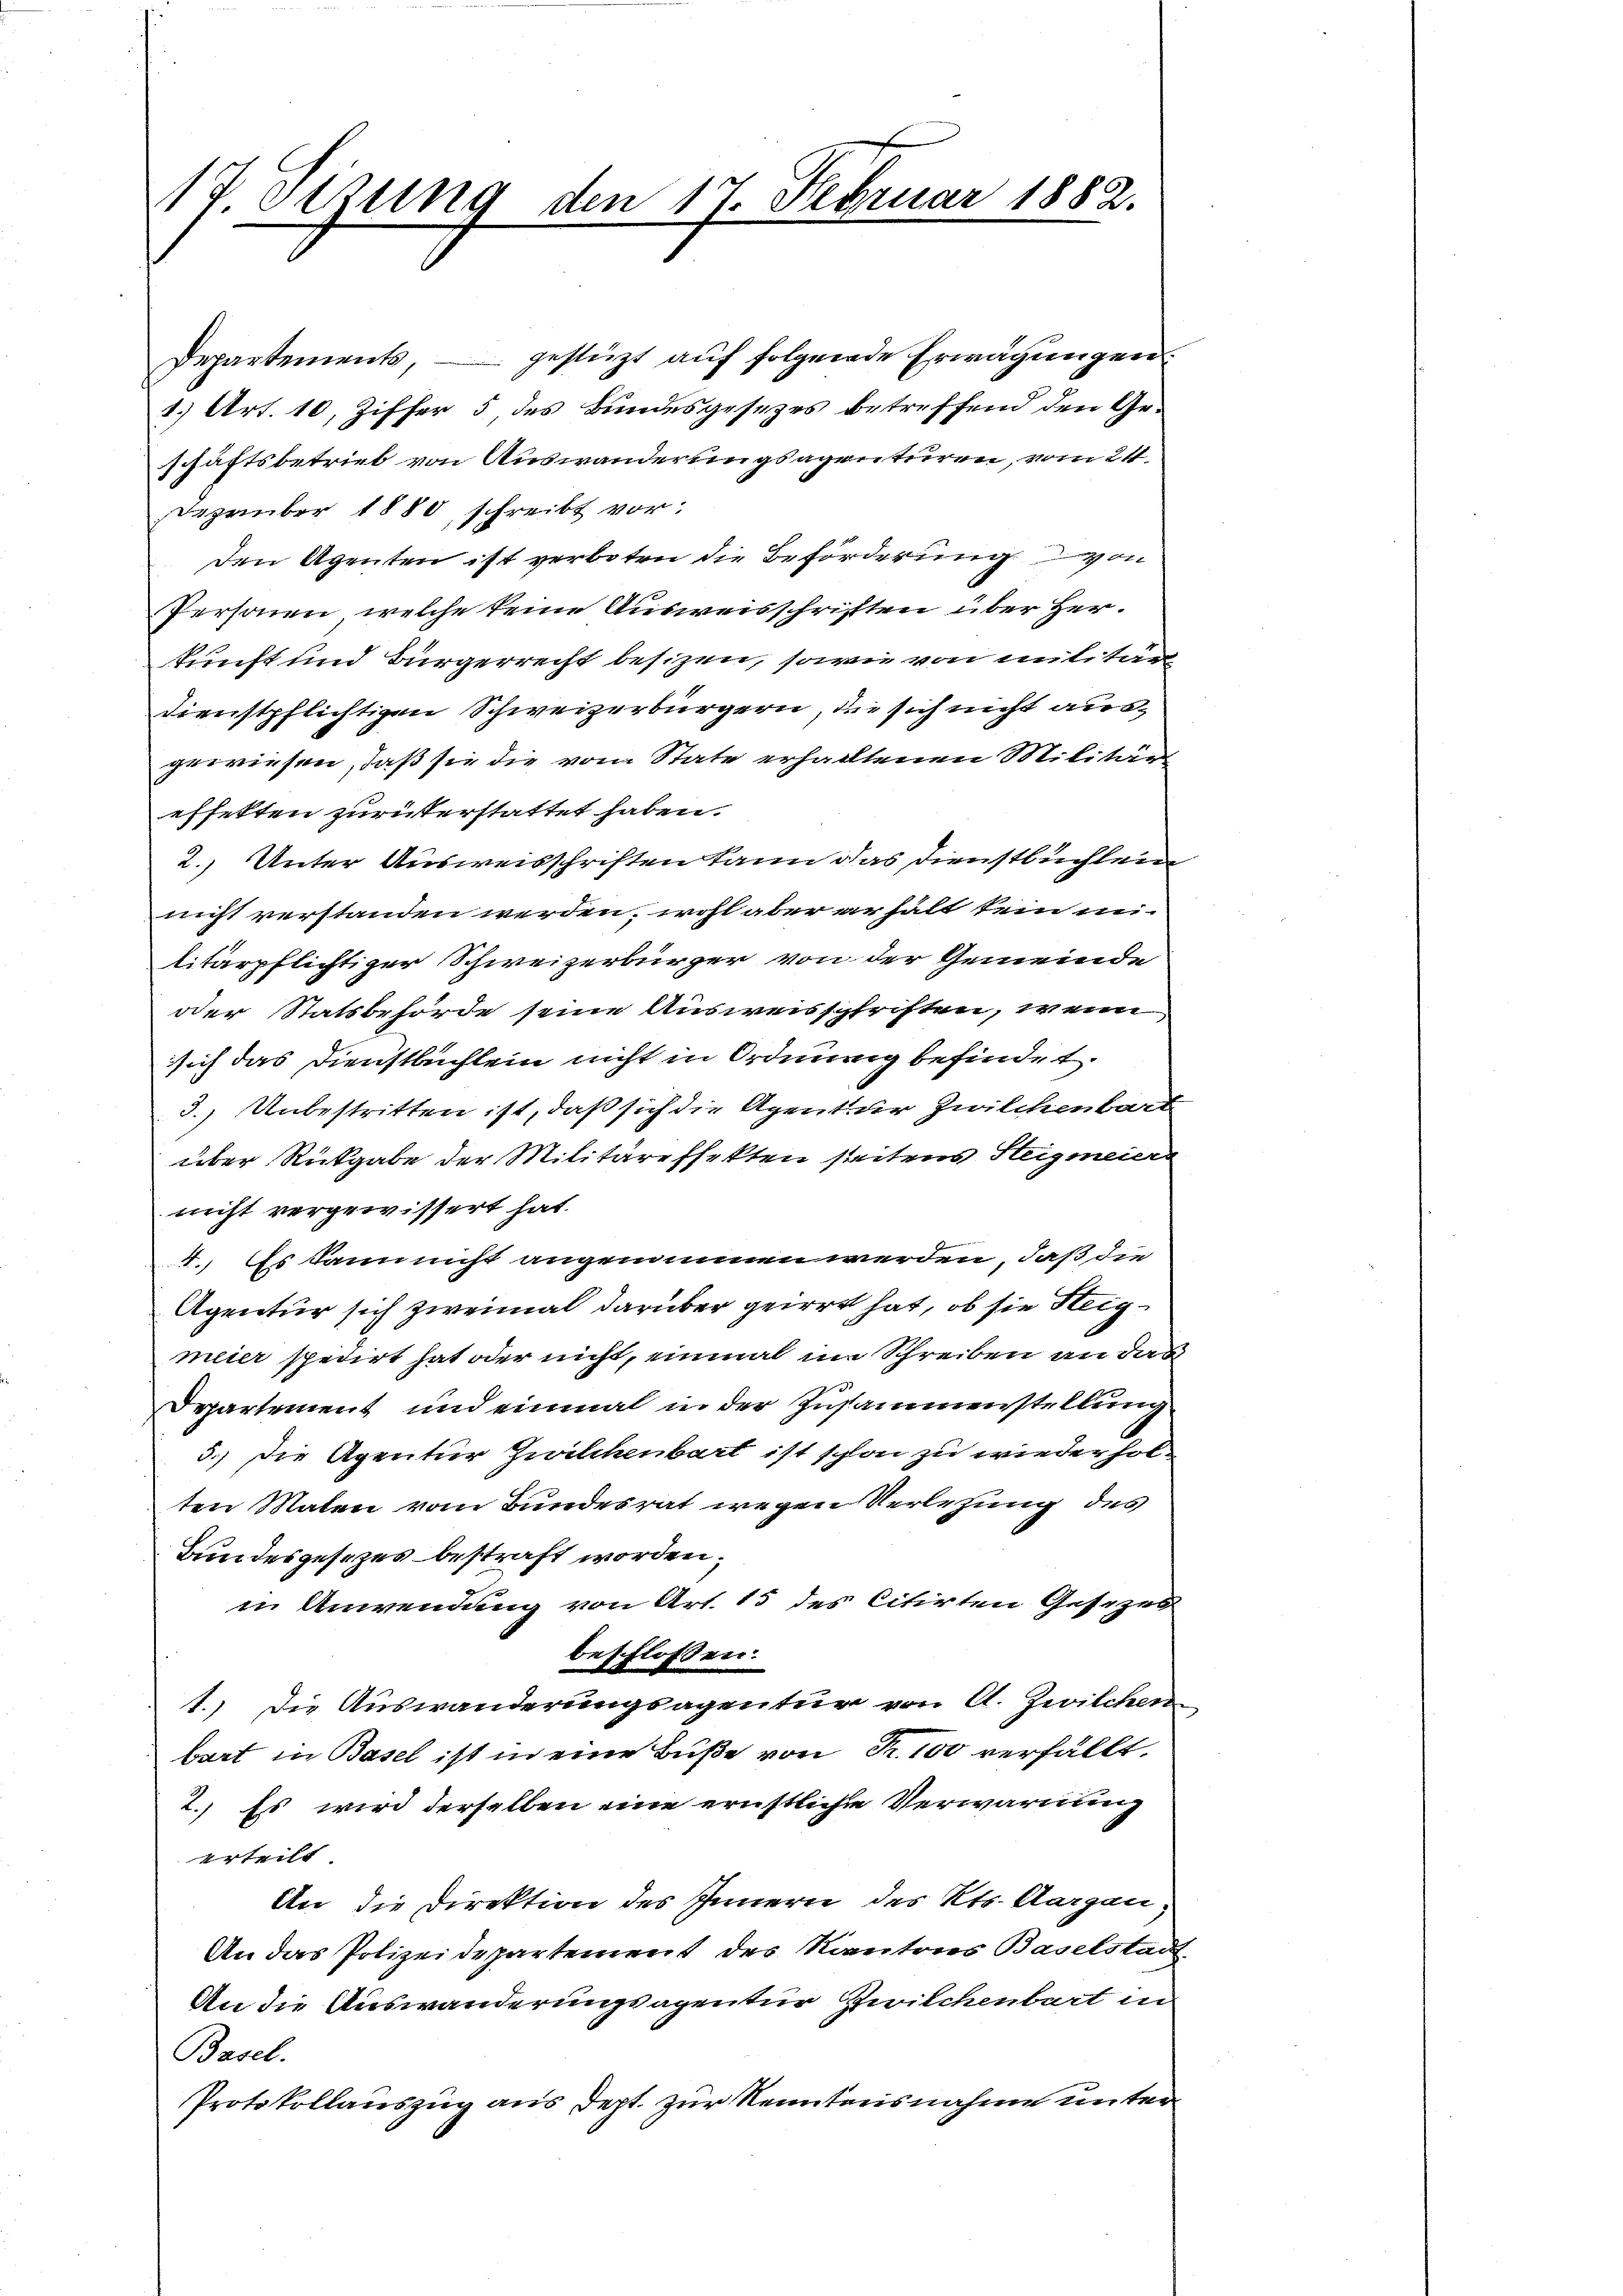
Departements, – gestützt auf folgende Erwägungen
1.) Art. 10, Ziffer 5, des Bundesgesezes betreffend den Geschäftsbetrieb von Auswanderungsagenturen, vom 24.
Dezember 1880, schreibt vor:
den Agenten ist verboten die Beförderung von
Personen, welche keine Ausweisschriften über Herkunft und Bürgerrecht besizen, sowie von militär
dienstpflichtigen Schweizerbürgern, die sich nicht ausgewiesen, daß sie die vom State erhalltenen Militäreffekten zurükerstattet haben.
2. Unter Ausweisschriften kann das Dienstbuchlein
nicht verstanden werden, wohl aber erhält kein unlitärpflichtiger Schweizerbürger von der Gemeinde
dder Statsbehörde seine Ausweisschriften, wenn
sich das Dienstbuchlein nicht in Ordnung befindet.
3.) Unbestritten ist, daß sich die Agentur Zwilchenbart
über Rückgabe der Militäreffekten seitens Steigmeier
nicht vergewissert hat.
4. Es dann nicht angenommen werden, daß die
Agentur sich zweimal darüber geirrt hat, ob sie Steigmeier spedirt hat oder nicht, einmal im Schreiben an das
Departement und einmal in der Zusammenstellung
5.) Die Agentur Zwilchenbart ist schon zu wiederholten Maten vom Bundesrat wegen Verletzung des
Bundesgesezes bestraft worden;
in Anwendung von Art. 15 des citirten Gesezes
beschlossen:
1.) Die Auswanderungsagentur von A. Zwilchen
bart in Basel ist in eine Buße von Fr. 100 verfällt.
2. Es wird derselben eine ernstliche Verwarnung
erteilt
An die Direktion des Innern des Kts. Aargau,
An das Polizeidepartement des Kantons Baselstad
An die Auswanderungsagentur Zwilchenbart in
Basel.
Protokollauszug aus dept. zur Kenntnisnahme unter

17. Setzung den 17. Februar 1882.